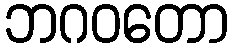
ဘဂဝတော